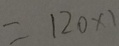
= 1 2 0 \times 1